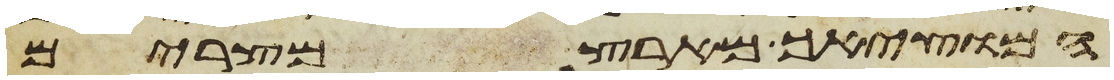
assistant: המוציאך מארץ מצרים